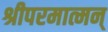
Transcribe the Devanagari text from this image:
श्रीपरमात्मन्